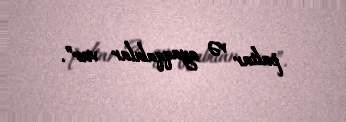
paltar və ayaqqabılar var”.